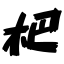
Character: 杷